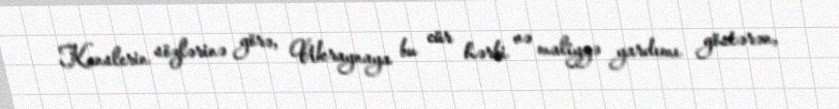
Kanslerin sözlərinə görə, Ukraynaya bu cür hərbi və maliyyə yardımı göstərən,